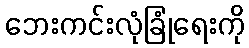
ဘေးကင်းလုံခြုံရေးကို